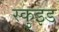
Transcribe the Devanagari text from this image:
स्कुइड